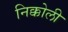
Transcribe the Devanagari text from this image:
निक्कोली